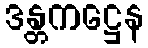
ဒန္တကဋ္ဌေန